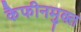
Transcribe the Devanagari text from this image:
कैफीनमुक्त